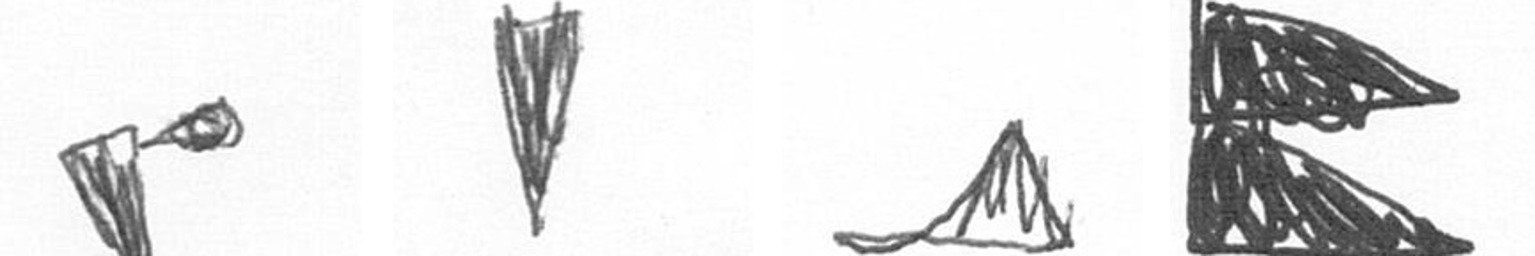
F J O P